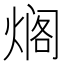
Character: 𰟄